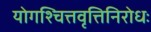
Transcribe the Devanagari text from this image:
योगश्चित्तवृत्तिनिरोधः